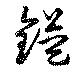
鎰